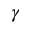
\gamma